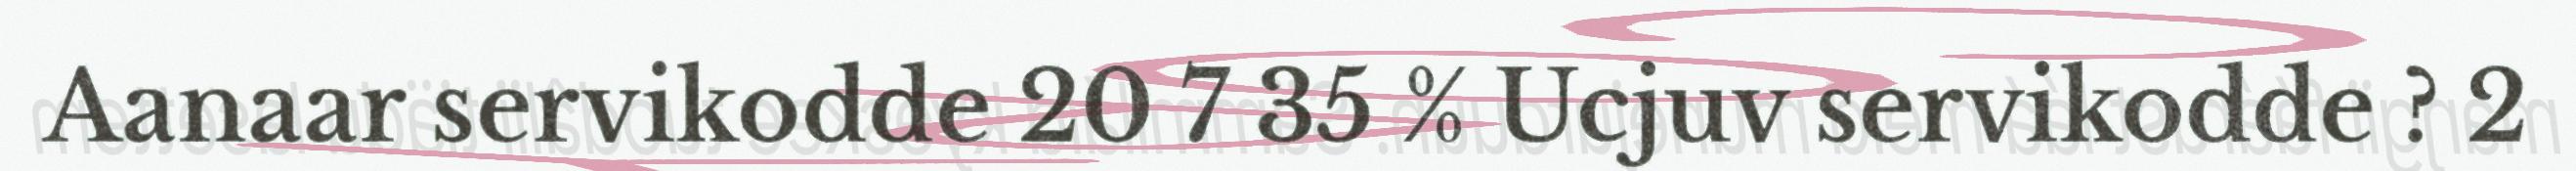
Aanaar servikodde 20 7 35 % Ucjuv servikodde ? 2